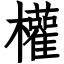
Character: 權